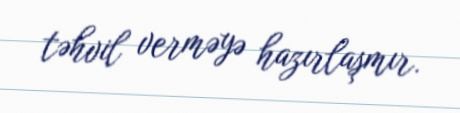
təhvil verməyə hazırlaşmır.